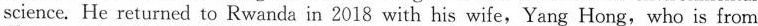
science. He returned to Rwanda in 2018 with his wife,Yang Hong, who is from